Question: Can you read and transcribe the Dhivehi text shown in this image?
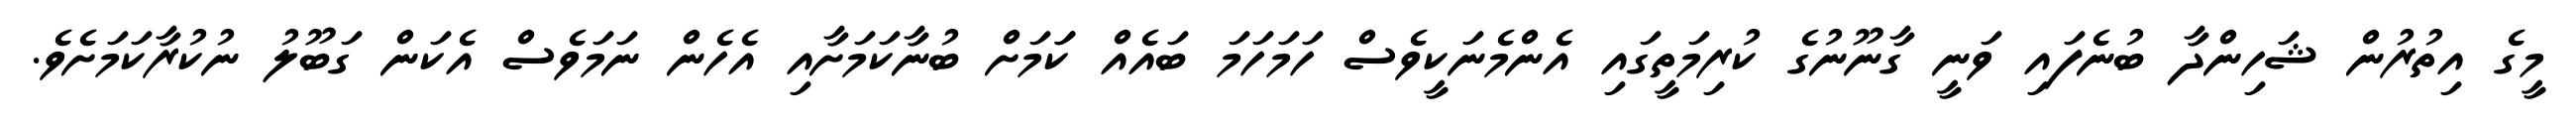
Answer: މީގެ އިތުރުން ޝަހިންދާ ބުނެފައި ވަނީ ގާނޫނުގެ ކުރިމަތީގައި އެންމެނަކީވެސް ހަމަހަމަ ބައެއް ކަަމަށް ބުނާކަމަށާއި އެހެން ނަމަވެސް އެކަން ގަބޫލު ނުކުރާކަމަށެވެ.